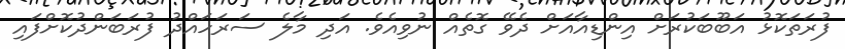
ފުރަތަަކޮޅު އަބޫބަކުރަށް އިންޑިއާއަށް ދެވޭ ގޮތެއް ނުވިއެވެ. އަދި މާލެ ސަރަހައްދު ފުރަބަންދުކޮށްފައި